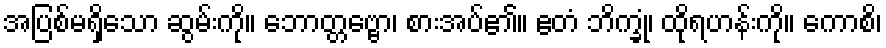
အပြစ်မရှိသော ဆွမ်းကို။ ဘောတ္တဗ္ဗော၊ စားအပ်၏။ ဧတံ ဘိက္ခုံ၊ ထိုရဟန်းကို။ ကောစိ၊